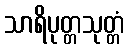
သာရိပုတ္တသုတ္တံ